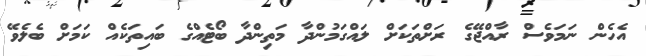
އެހެން ނަމަވެސް ރާއްޖޭގެ ރަށްތަކަށް ލައްގަމުންދާ މަތިންދާ ބޯޓެއްގެ ބައިތަކެއް ކަމަށް ބެލެވޭ